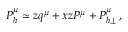
P _ { h } ^ { \mu } \simeq z q ^ { \mu } + x z P ^ { \mu } + P _ { h \perp } ^ { \mu } \, ,